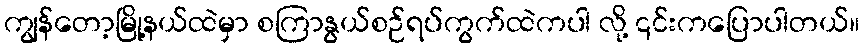
ကျွန်တော့မြို့နယ်ထဲမှာ စကြာနွယ်စဉ်ရပ်ကွက်ထဲကပါ လို့ ၎င်းကပြောပါတယ်။